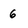
Character: 6